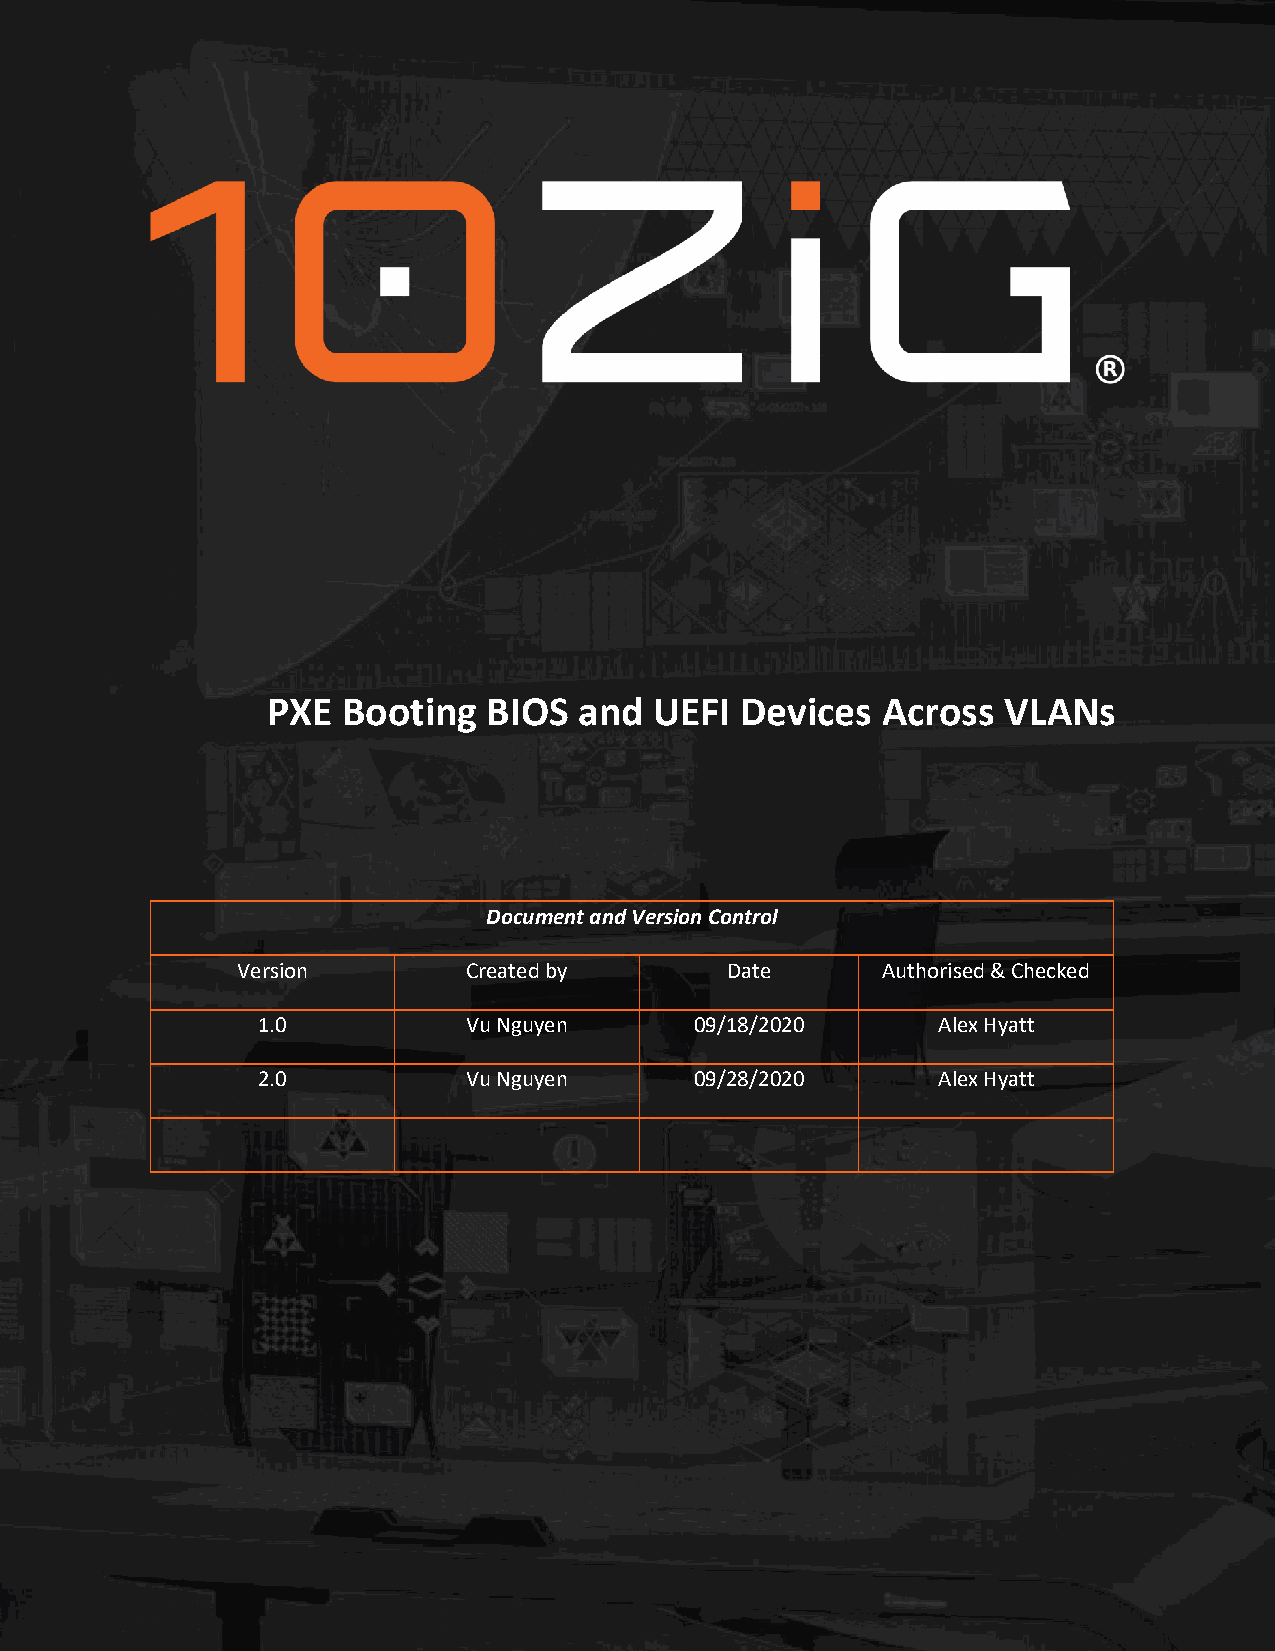
PXE Booting BIOS and UEFI Devices Across VLANs
 PXE  Booting  BIOS  and  UEFI  Devices  Across  VLANs
 Document and Version Control
 Version        Created by       Date      Authorised & Checked
 1.0           Vu Nguyen      09/18/2020      Alex Hyatt
 2.0           Vu Nguyen      09/28/2020      Alex Hyatt
 1   10ZiG Technology | US P: (866) 865-5250 E: info@10ZiG.com | EMEA P: +44 (0) 116 214 8650 E: info@10ZiG.eu